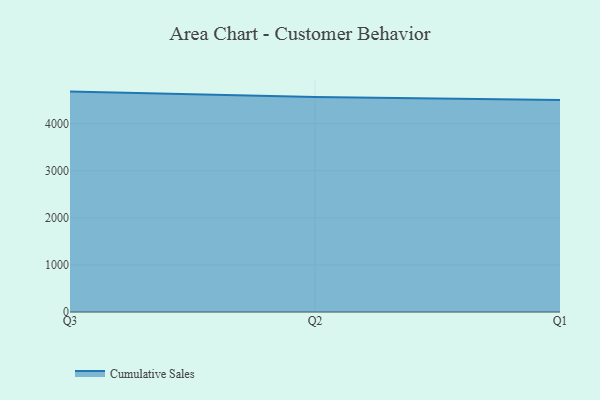
{"axis": {"x": "Quarter", "y": "Net Income (USD K)"}, "legend": ["Cumulative Sales"], "data": [{"x": "Q3", "y": 4679.9, "type": "Cumulative Sales"}, {"x": "Q2", "y": 4566.3, "type": "Cumulative Sales"}, {"x": "Q1", "y": 4503.9, "type": "Cumulative Sales"}]}